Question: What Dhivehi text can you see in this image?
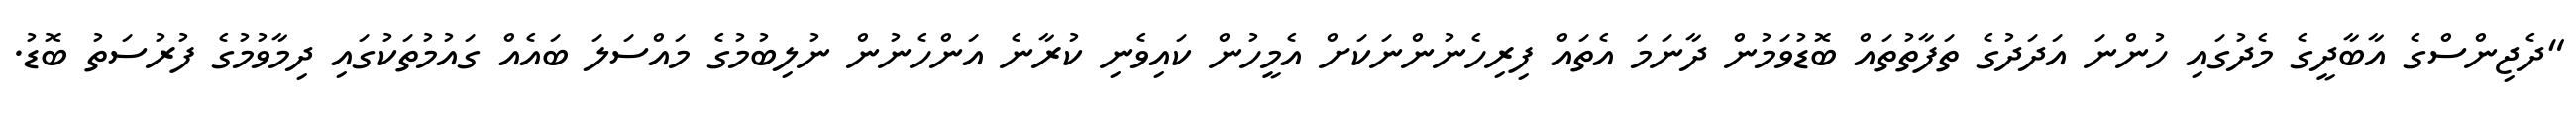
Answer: "ދެޖިންސްގެ އާބާދީގެ މެދުގައި ހުންނަ އަދަދުގެ ތަފާތުތައް ބޮޑުވަމުން ދާނަމަ އެތައް ފިރިހެނުންނަކަށް އެމީހުން ކައިވެނި ކުރާނެ އަންހެނުން ނުލިބުމުގެ މައްސަލަ ބައެއް ގައުމުތަކުގައި ދިމާވުމުގެ ފުރުސަތު ބޮޑު.